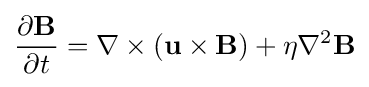
{\frac {\partial \mathbf {B} }{\partial t}}=\nabla \times (\mathbf {u} \times \mathbf {B} )+\eta \nabla ^{2}\mathbf {B}